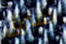
نفترق